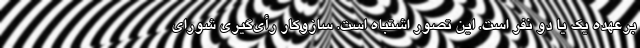
برعهده یک یا دو نفر است. این تصور اشتباه است. سازوکار رأی‌گیری شورای